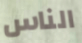
الناس